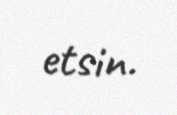
etsin.